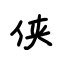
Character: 侠